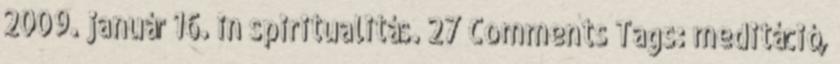
2009. január 16. in spiritualitás. 27 Comments Tags: meditáció,